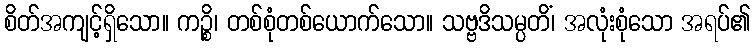
စိတ်အကျင့်ရှိသော။ ကဉ္စိ၊ တစ်စုံတစ်ယောက်သော။ သဗ္ဗဒိသမ္ပတိံ၊ အလုံးစုံသော အရပ်၏